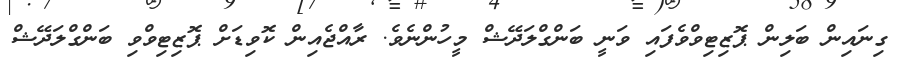
ގިނައިން ބަލިން ޕޮޒިޓިވްވެފައި ވަނީ ބަންގްލަދޭޝް މީހުންނެވެ. ރާއްޖެއިން ކޮވިޑަށް ޕޮޒިޓިވްވި ބަންގްލަދޭޝް